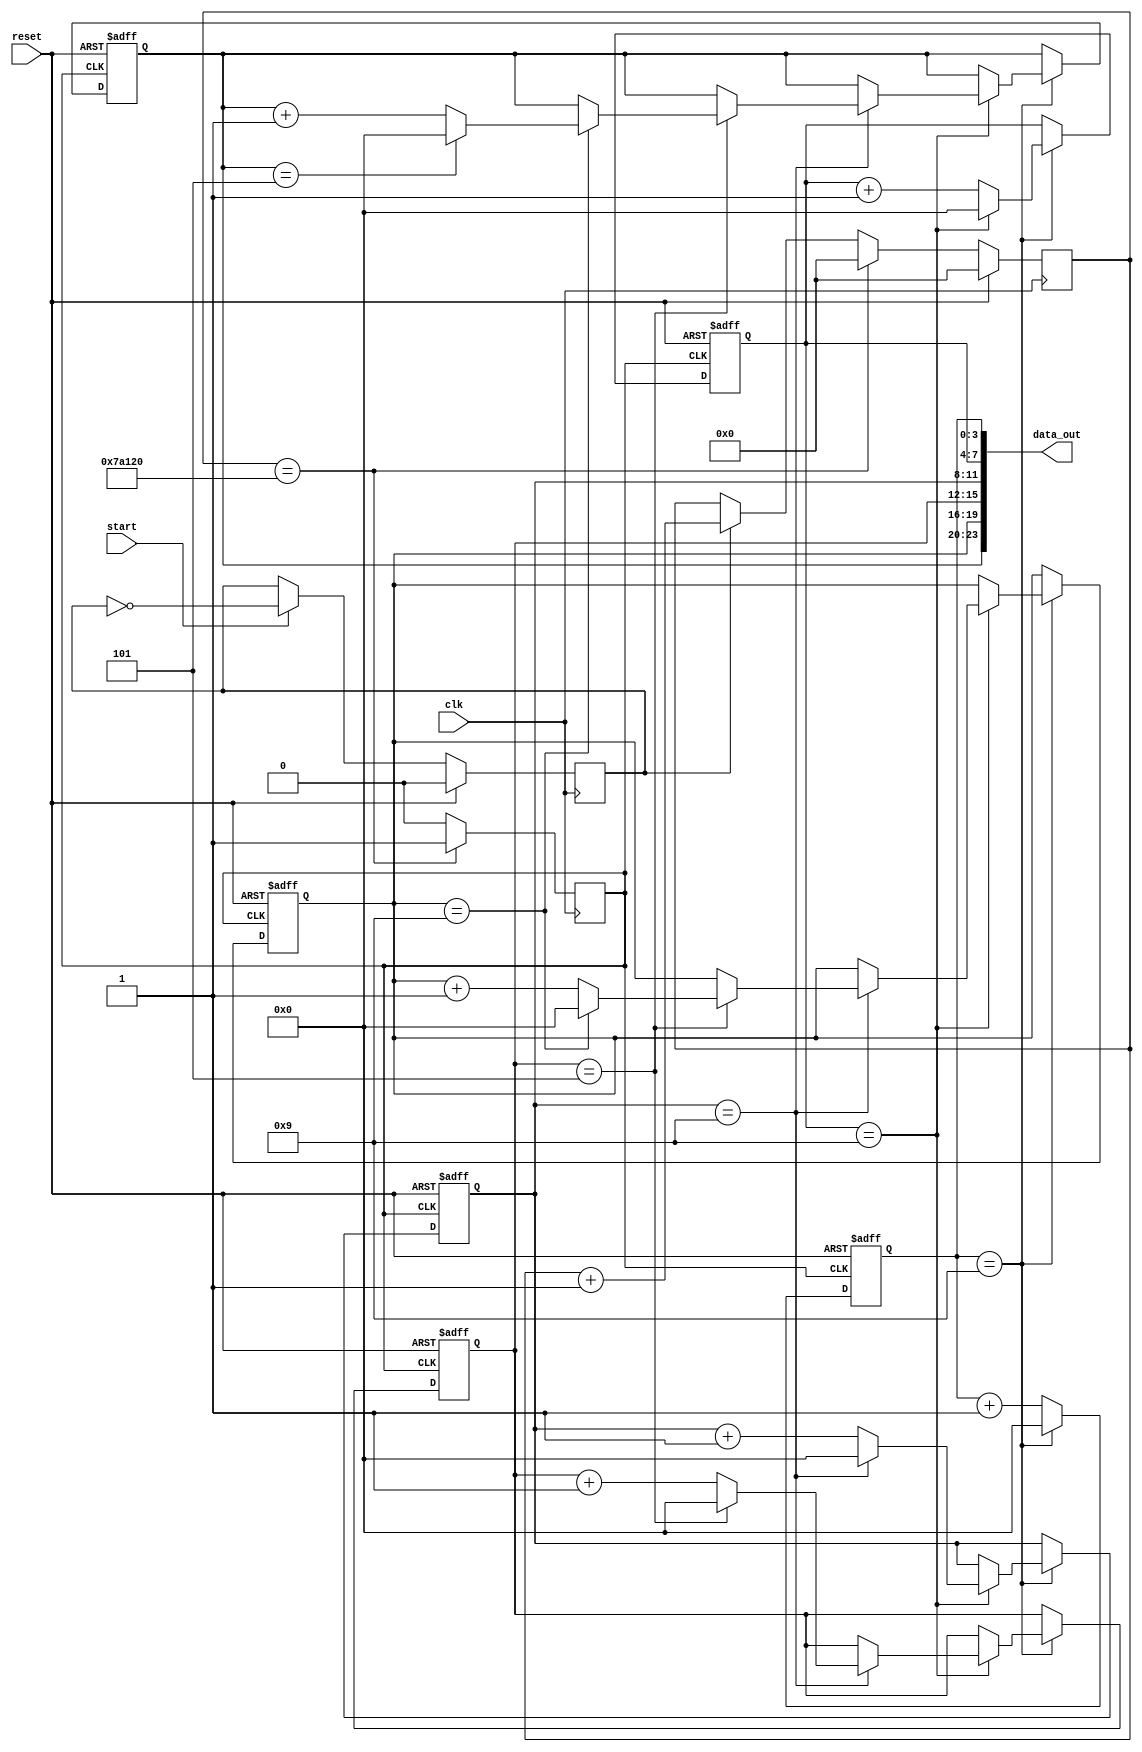
`timescale 1 ns / 1 ns


module timer(clk, reset, start, data_out);
   input         clk;
   input         reset;
   input         start;
   output [23:0] data_out;
   
   reg           clk_div;
   reg           flag;
   reg [19:0]    count;
   reg [3:0]     hs_g;
   reg [3:0]     hs_s;
   reg [3:0]     s_g;
   reg [3:0]     s_s;
   reg [3:0]     m_g;
   reg [3:0]     m_s;
   
   
   always @(posedge clk)
      
      begin
         if (reset == 1'b1)
            count <= {20{1'b0}};
         else if (count == 20'b01111010000100100000)
            count <= {20{1'b0}};
         else
            if (flag == 1'b1)
               count <= count + 1;
      end
   
   
   always @(posedge clk)
      
      begin
         if (reset == 1'b1)
            flag <= 1'b0;
         else if (start == 1'b1)
            flag <= ((~(flag)));
      end
   
   
   always @(posedge clk)
      
      begin
         if (count == 20'b01111010000100100000)
            clk_div <= 1'b1;
         else
            clk_div <= 1'b0;
      end
   
   
   always @(posedge clk_div or posedge reset)
      if (reset == 1'b1)
      begin
         hs_g <= {4{1'b0}};
         hs_s <= {4{1'b0}};
         s_g <= {4{1'b0}};
         s_s <= {4{1'b0}};
         m_g <= {4{1'b0}};
         m_s <= {4{1'b0}};
      end
      else 
      begin
         if (hs_g == 4'b1001)
         begin
            hs_s <= hs_s + 1;
            hs_g <= {4{1'b0}};
            if (hs_s == 4'b1001)
            begin
               s_g <= s_g + 1;
               hs_s <= {4{1'b0}};
               if (s_g == 4'b1001)
               begin
                  s_s <= s_s + 1;
                  s_g <= {4{1'b0}};
                  if (s_s == 4'b0101)
                  begin
                     m_g <= m_g + 1;
                     s_s <= {4{1'b0}};
                     if (m_g == 4'b1001)
                     begin
                        m_s <= m_s + 1;
                        m_g <= {4{1'b0}};
                        if (m_s == 4'b0101)
                           m_s <= {4{1'b0}};
                     end
                  end
               end
            end
         end
         else
            hs_g <= hs_g + 1;
      end
   
   assign data_out[23:20] = m_s;
   assign data_out[19:16] = m_g;
   
   assign data_out[15:12] = s_s;
   assign data_out[11:8] = s_g;
   
   assign data_out[7:4] = hs_s;
   assign data_out[3:0] = hs_g;
   
endmodule